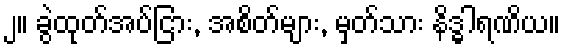
၂။ ခွဲထုတ်အပ်ငြား, အစိတ်များ, မှတ်သား နိဒ္ဓါရဏိယ။